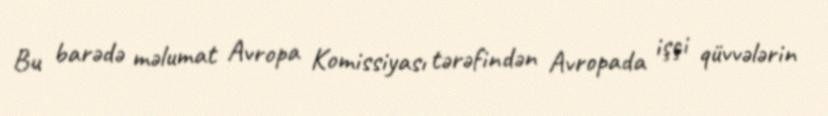
Bu barədə məlumat Avropa Komissiyası tərəfindən Avropada işçi qüvvələrin